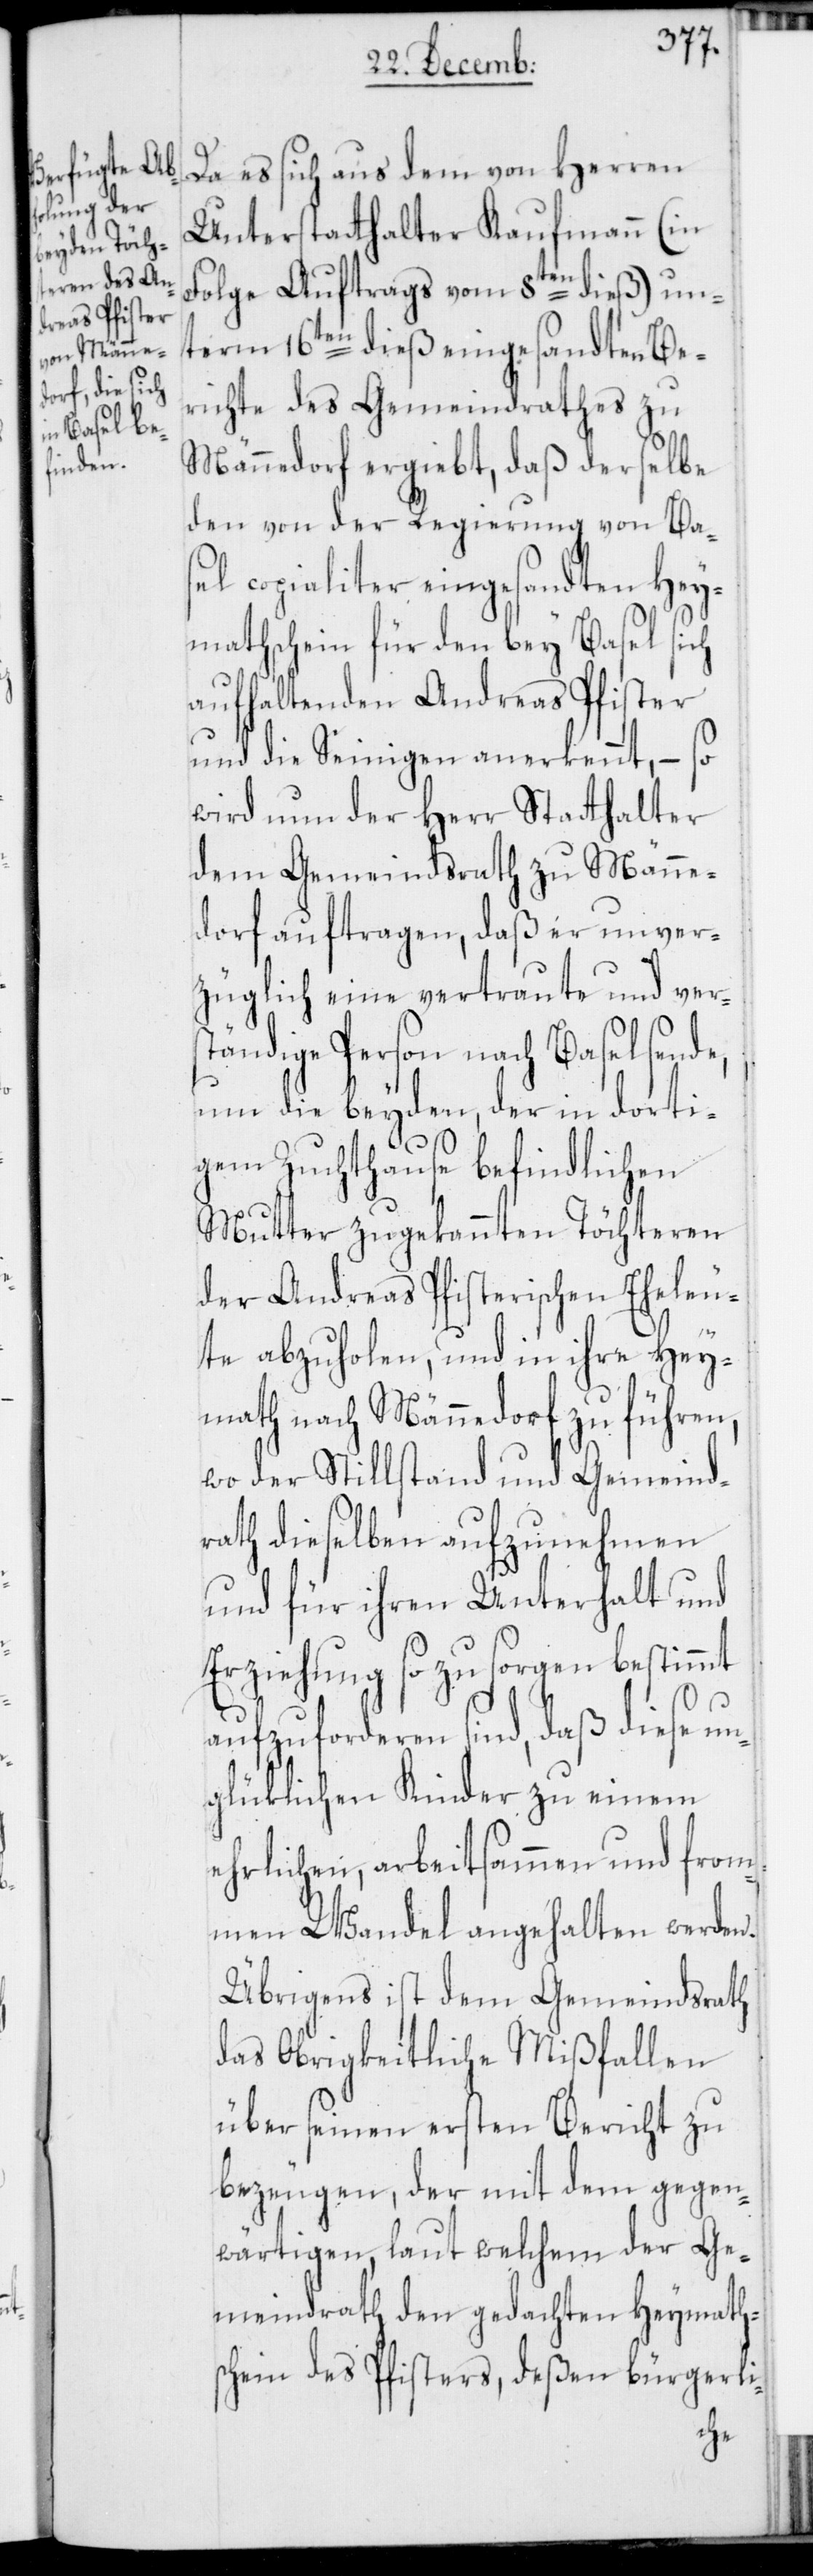
Da es sich aus dem von Herren
Unterstatthalter Kaufmann (in
Folge Auftrags vom 8ten dieß) un¬
term 16ten dieß eingesandten Be¬
richte des Gemeindrathes zu
Männedorf ergiebt, daß derselbe
den von der Regierung von Ba¬
sel copialiter eingesandten Hey¬
mathschein für den bey Basel sich
aufhaltenden Andreas Pfister
und die Seinigen anerkennt, – so
wird nun der Herr Statthalter
dem Gemeindsrath zu Männe¬
dorf auftragen, daß er unver¬
züglich eine vertraute und ver¬
ständige Person nach Basel sende,
um die beyden, der in dorti¬
gem Zuchthause befindlichen
Mutter zugekannten Töchteren
der Andreas Pfisterischen Eheleu¬
te abzuholen, und in ihre Hey¬
math nach Männedorf zu führen,
wo der Stillstand und Gemeind¬
rath dieselben aufzunehmen
und für ihren Unterhalt und
Erziehung so zu sorgen bestimmt
aufzuforderen sind, daß diese u¬
nglüklichen Kinder zu einem
ehrlichen, arbeitsammen und from¬
men Wandel angehalten werden.
Übrigens ist dem Gemeindrath
das Obrigkeitliche Mißfallen
über seinen ersten Bericht zu
bezeugen, der mit dem gegen¬
wärtigen, laut welchem der Ge¬
meindrath den gedachten Heymaths¬
chein des Pfisters, deßen bürgerli-